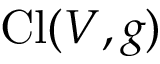
\operatorname { C l } ( V , g )